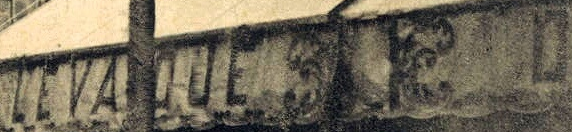
LEVAOUE SR